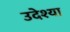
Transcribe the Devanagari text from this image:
उदेश्या